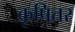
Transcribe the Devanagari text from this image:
कृषितर